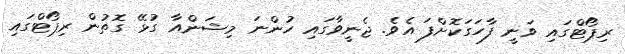
ރިޕޯޓްގައި ވަނީ ފާހަގަކޮށްފަ އެވެ. ޖެނީވާގައި ހުންނަ މިޝަންއާ ގުޅޭ ގޮތުން ރިޕޯޓްގައި